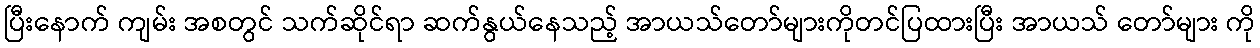
ပြီးနောက် ကျမ်း အစတွင် သက်ဆိုင်ရာ ဆက်နွယ်နေသည့် အာယသ်တော်များကိုတင်ပြထားပြီး အာယသ် တော်များ ကို